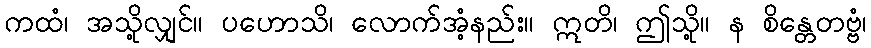
ကထံ၊ အသို့လျှင်။ ပဟောသိ၊ လောက်အံ့နည်း။ ဣတိ၊ ဤသို့။ န စိန္တေတဗ္ဗံ၊